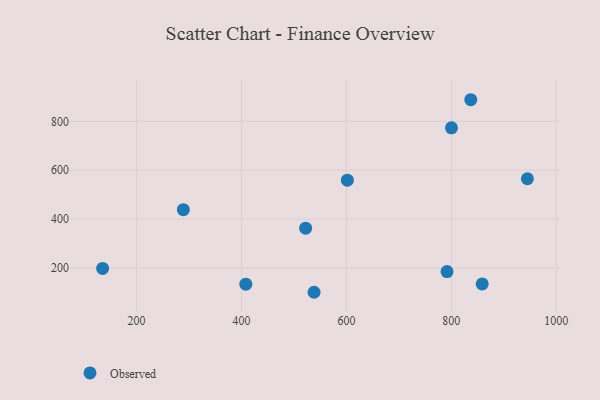
{"axis": {"x": "Speed", "y": "Salary"}, "legend": ["Observed"], "data": [{"x": "791.8", "y": 185.2, "type": "Observed"}, {"x": "837.1", "y": 888.3, "type": "Observed"}, {"x": "858.9", "y": 134.8, "type": "Observed"}, {"x": "135.2", "y": 198.1, "type": "Observed"}, {"x": "408.2", "y": 133.7, "type": "Observed"}, {"x": "601.8", "y": 559.3, "type": "Observed"}, {"x": "538.3", "y": 100.6, "type": "Observed"}, {"x": "289.1", "y": 438.5, "type": "Observed"}, {"x": "945.0", "y": 565.1, "type": "Observed"}, {"x": "800.3", "y": 773.3, "type": "Observed"}, {"x": "522.2", "y": 363.0, "type": "Observed"}]}